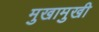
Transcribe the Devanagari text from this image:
मुखामुखी